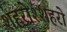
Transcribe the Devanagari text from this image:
शहरोश्शहरो